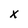
Character: x